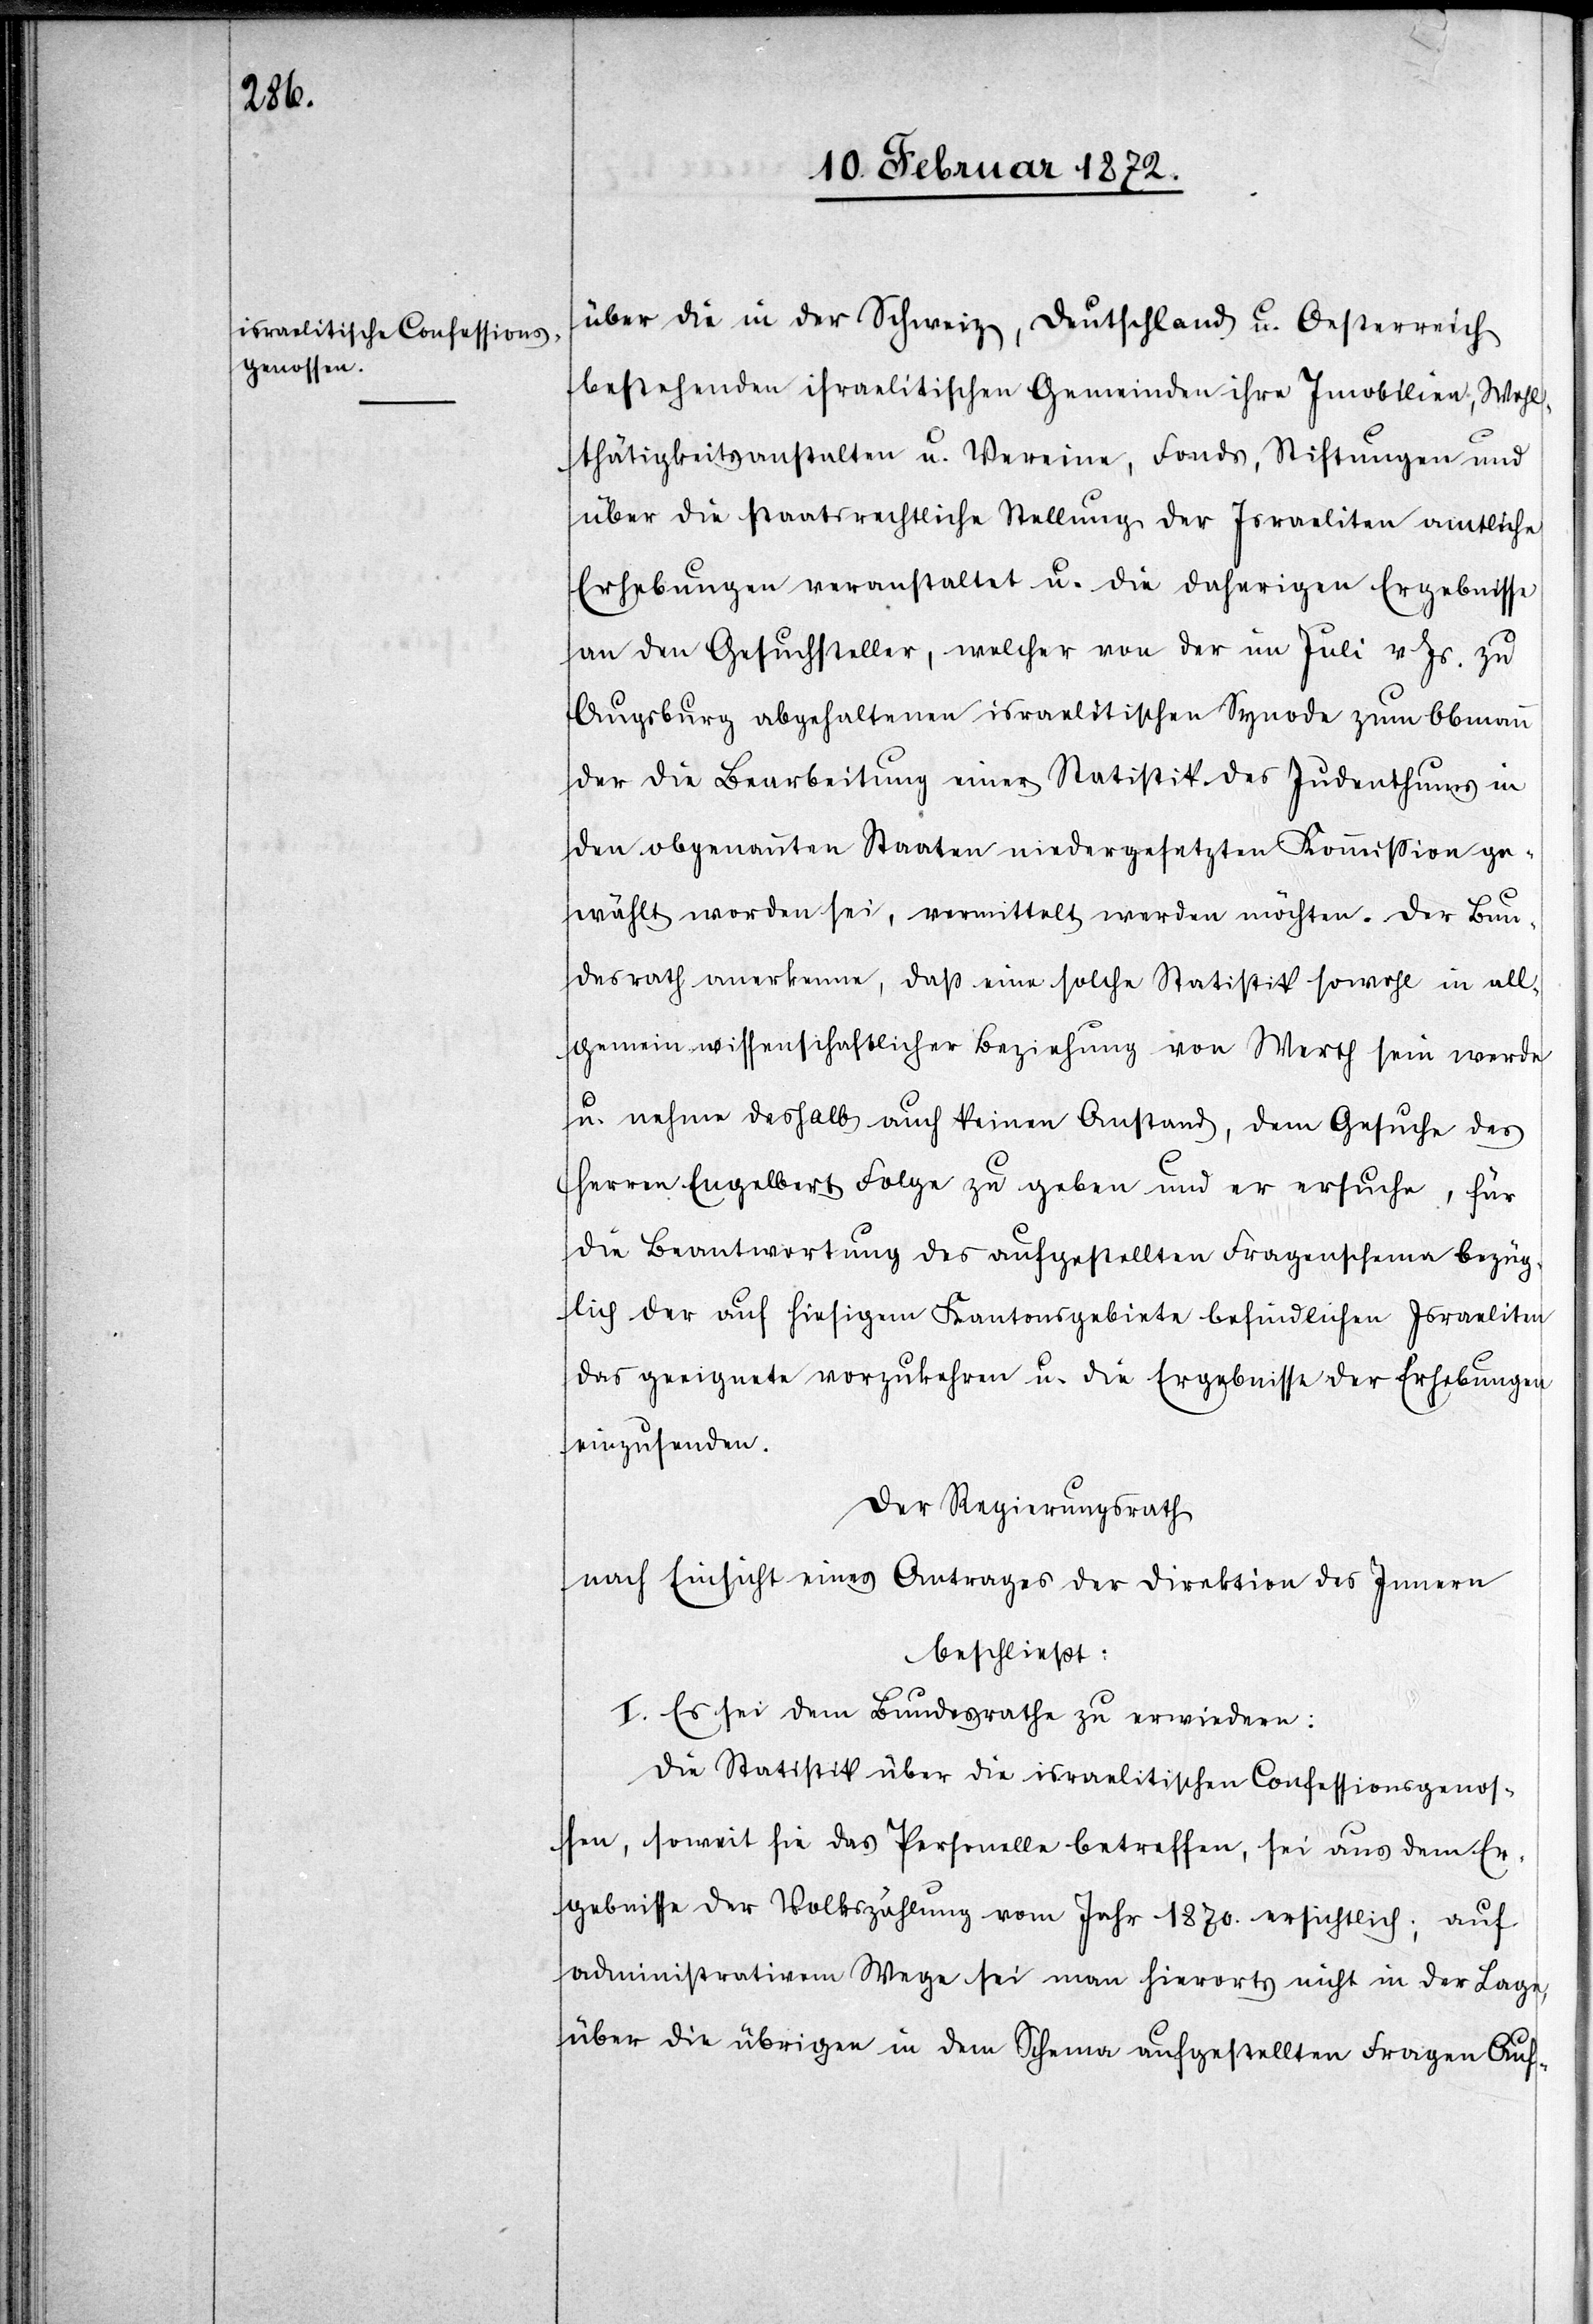
über die in der Schweiz, Deutschland u. Oesterreich
bestehenden israelitischen Gemeinden ihre Imobilien, Wohl¬
tätigkeitsanstalten u. Vereine, Fonds, Stiftungen und
über die staatsrechtliche Stellung der Israeliten amtliche
Erhebungen veranstaltet u. die daherigen Ergebnisse
an den Gesuchsteller, welcher von der im Juli v. Js. zu
Augsburg abgehaltenen israelitischen Synode zum Obmann
der die Beurtheilung einer Statistik des Judenthums in
den obgenannten Staaten niedergesetzten Kommission ge¬
wählt worden sei, vermittelt werden möchten. Der Bun¬
desrath anerkenne, daß eine solche Statistik sowohl in all¬
gemein wissenschaftlicher Beziehung von Werth sein werde
u. nehme deshalb auch keinen Anstand, dem Gesuch des
Herren Engelbert Folge zu geben und er ersuche, für
die Beantwortung des aufgestellten Fragenschema bezüg¬
lich der auf hiesigem Kantonsgebiete befindlichen Israeliten
das geeignete vorzukehren u. die Ergebnisse der Erhebungen
einzusenden.
Der Regierungsrath
nach Einsicht eines Antrages der Direktion des Innern
beschließt:
I. Es sei dem Bundesrathe zu erwiedern:
Die Statistik über die israelitischen Confessionsgenos¬
sen, soweit sie das Personelle betreffen, sei aus dem Er¬
gebnisse der Volkszählung vom Jahr 1870. ersichtlich; auf
administrativem Wege sei man hierorts nicht in der Lage,
über die übrigen in dem Schema aufgestellten Fragen Auf-